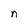
Character: n